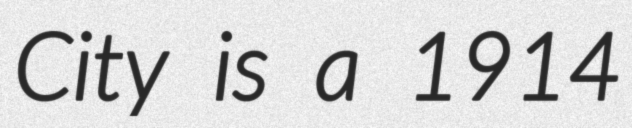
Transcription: City is a 1914